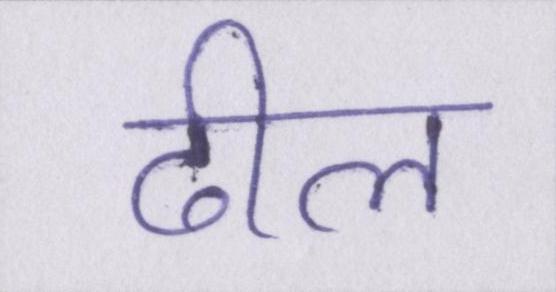
ढील